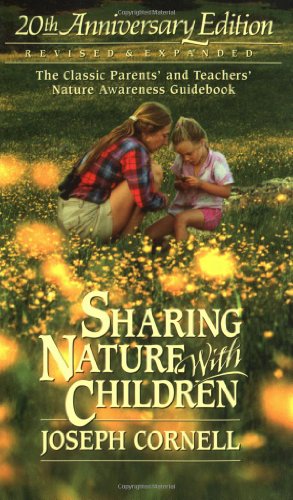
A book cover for Sharing Nature with Children, 20th Anniversary Edition; Joseph Cornell; Parenting & Relationships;